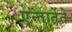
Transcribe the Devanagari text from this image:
एन्तार्तेते